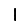
Digit: 1